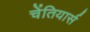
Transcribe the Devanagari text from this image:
चेंतियार्स